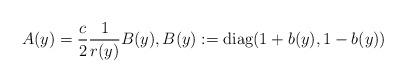
LaTeX: \begin{align*}A(y) = \frac{c}{2}\frac{1}{r(y)}B(y),B(y):= \mathrm{diag}(1+b(y),1-b(y))\end{align*}